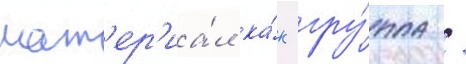
мат'ер'иа́л ка́к гру́ппа /